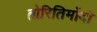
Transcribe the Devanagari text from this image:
तोरितिमोंदो